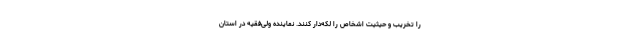
را تخریب و حیثیت اشخاص را لکه‌دار کنند. نماینده ولی‌فقیه در استان